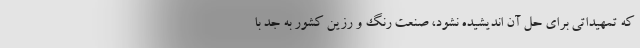
که تمهیداتی برای حل آن اندیشیده نشود، صنعت رنگ و رزین کشور به جد با